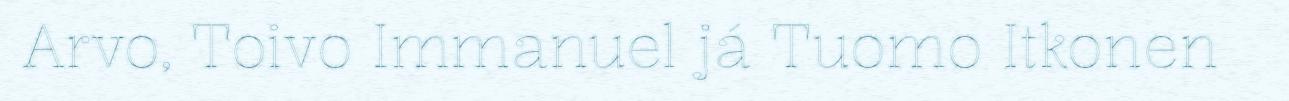
Arvo, Toivo Immanuel já Tuomo Itkonen